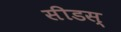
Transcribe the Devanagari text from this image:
सीडस्